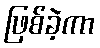
ဖြစ်ခဲ့ကာ